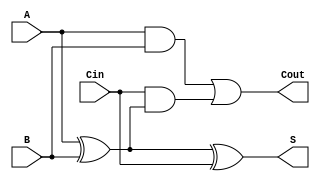
module full_adder_1bit (A, B, Cin, S, Cout);
//-------------Input Ports Declarations-----------------------------
input A, B, Cin;
//-------------Output Ports Declarations-----------------------------
output S, Cout;
//-------------Logic-----------------------------------------------
assign S = A ^ B ^ Cin ;
assign Cout = (A & B) | (Cin & (A ^ B));
endmodule